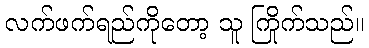
လက်ဖက်ရည်ကိုတော့ သူ ကြိုက်သည်။